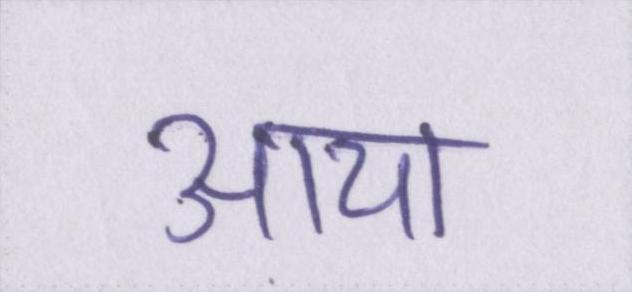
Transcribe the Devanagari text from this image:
आया